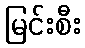
မြင်းစီး